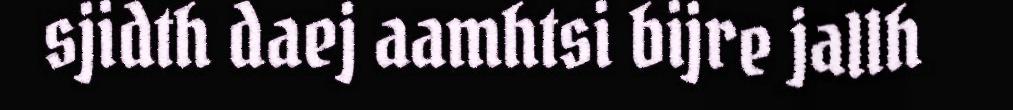
sjidth daej aamhtsi bijre jallh